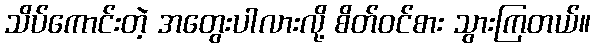
သိပ်ကောင်းတဲ့ အတွေးပါလားလို့ စိတ်ဝင်စား သွားကြတယ်။